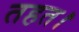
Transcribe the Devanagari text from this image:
तहत।